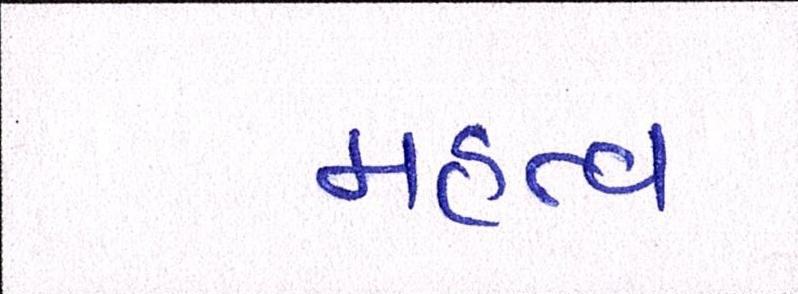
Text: મહત્વ